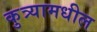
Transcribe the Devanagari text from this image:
कुत्र्यामधील